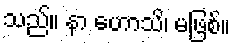
သည်။ နာ ဟောသိ၊ မဖြစ်။